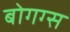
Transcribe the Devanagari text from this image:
बोगग्स